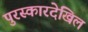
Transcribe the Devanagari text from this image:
पुरस्कारदेखिल